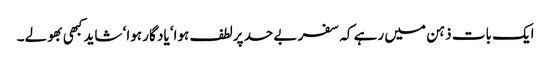
ایک بات ذہن میں رہے کہ سفر بے حد پرلطف ہوا‘ یاد گار ہوا‘ شاید کبھی بھولے۔